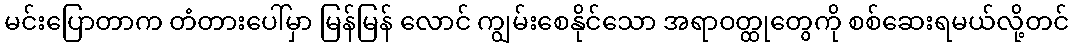
မင်းပြောတာက တံတားပေါ်မှာ မြန်မြန် လောင် ကျွမ်းစေနိုင်သော အရာဝတ္ထုတွေကို စစ်ဆေးရမယ်လို့တင်